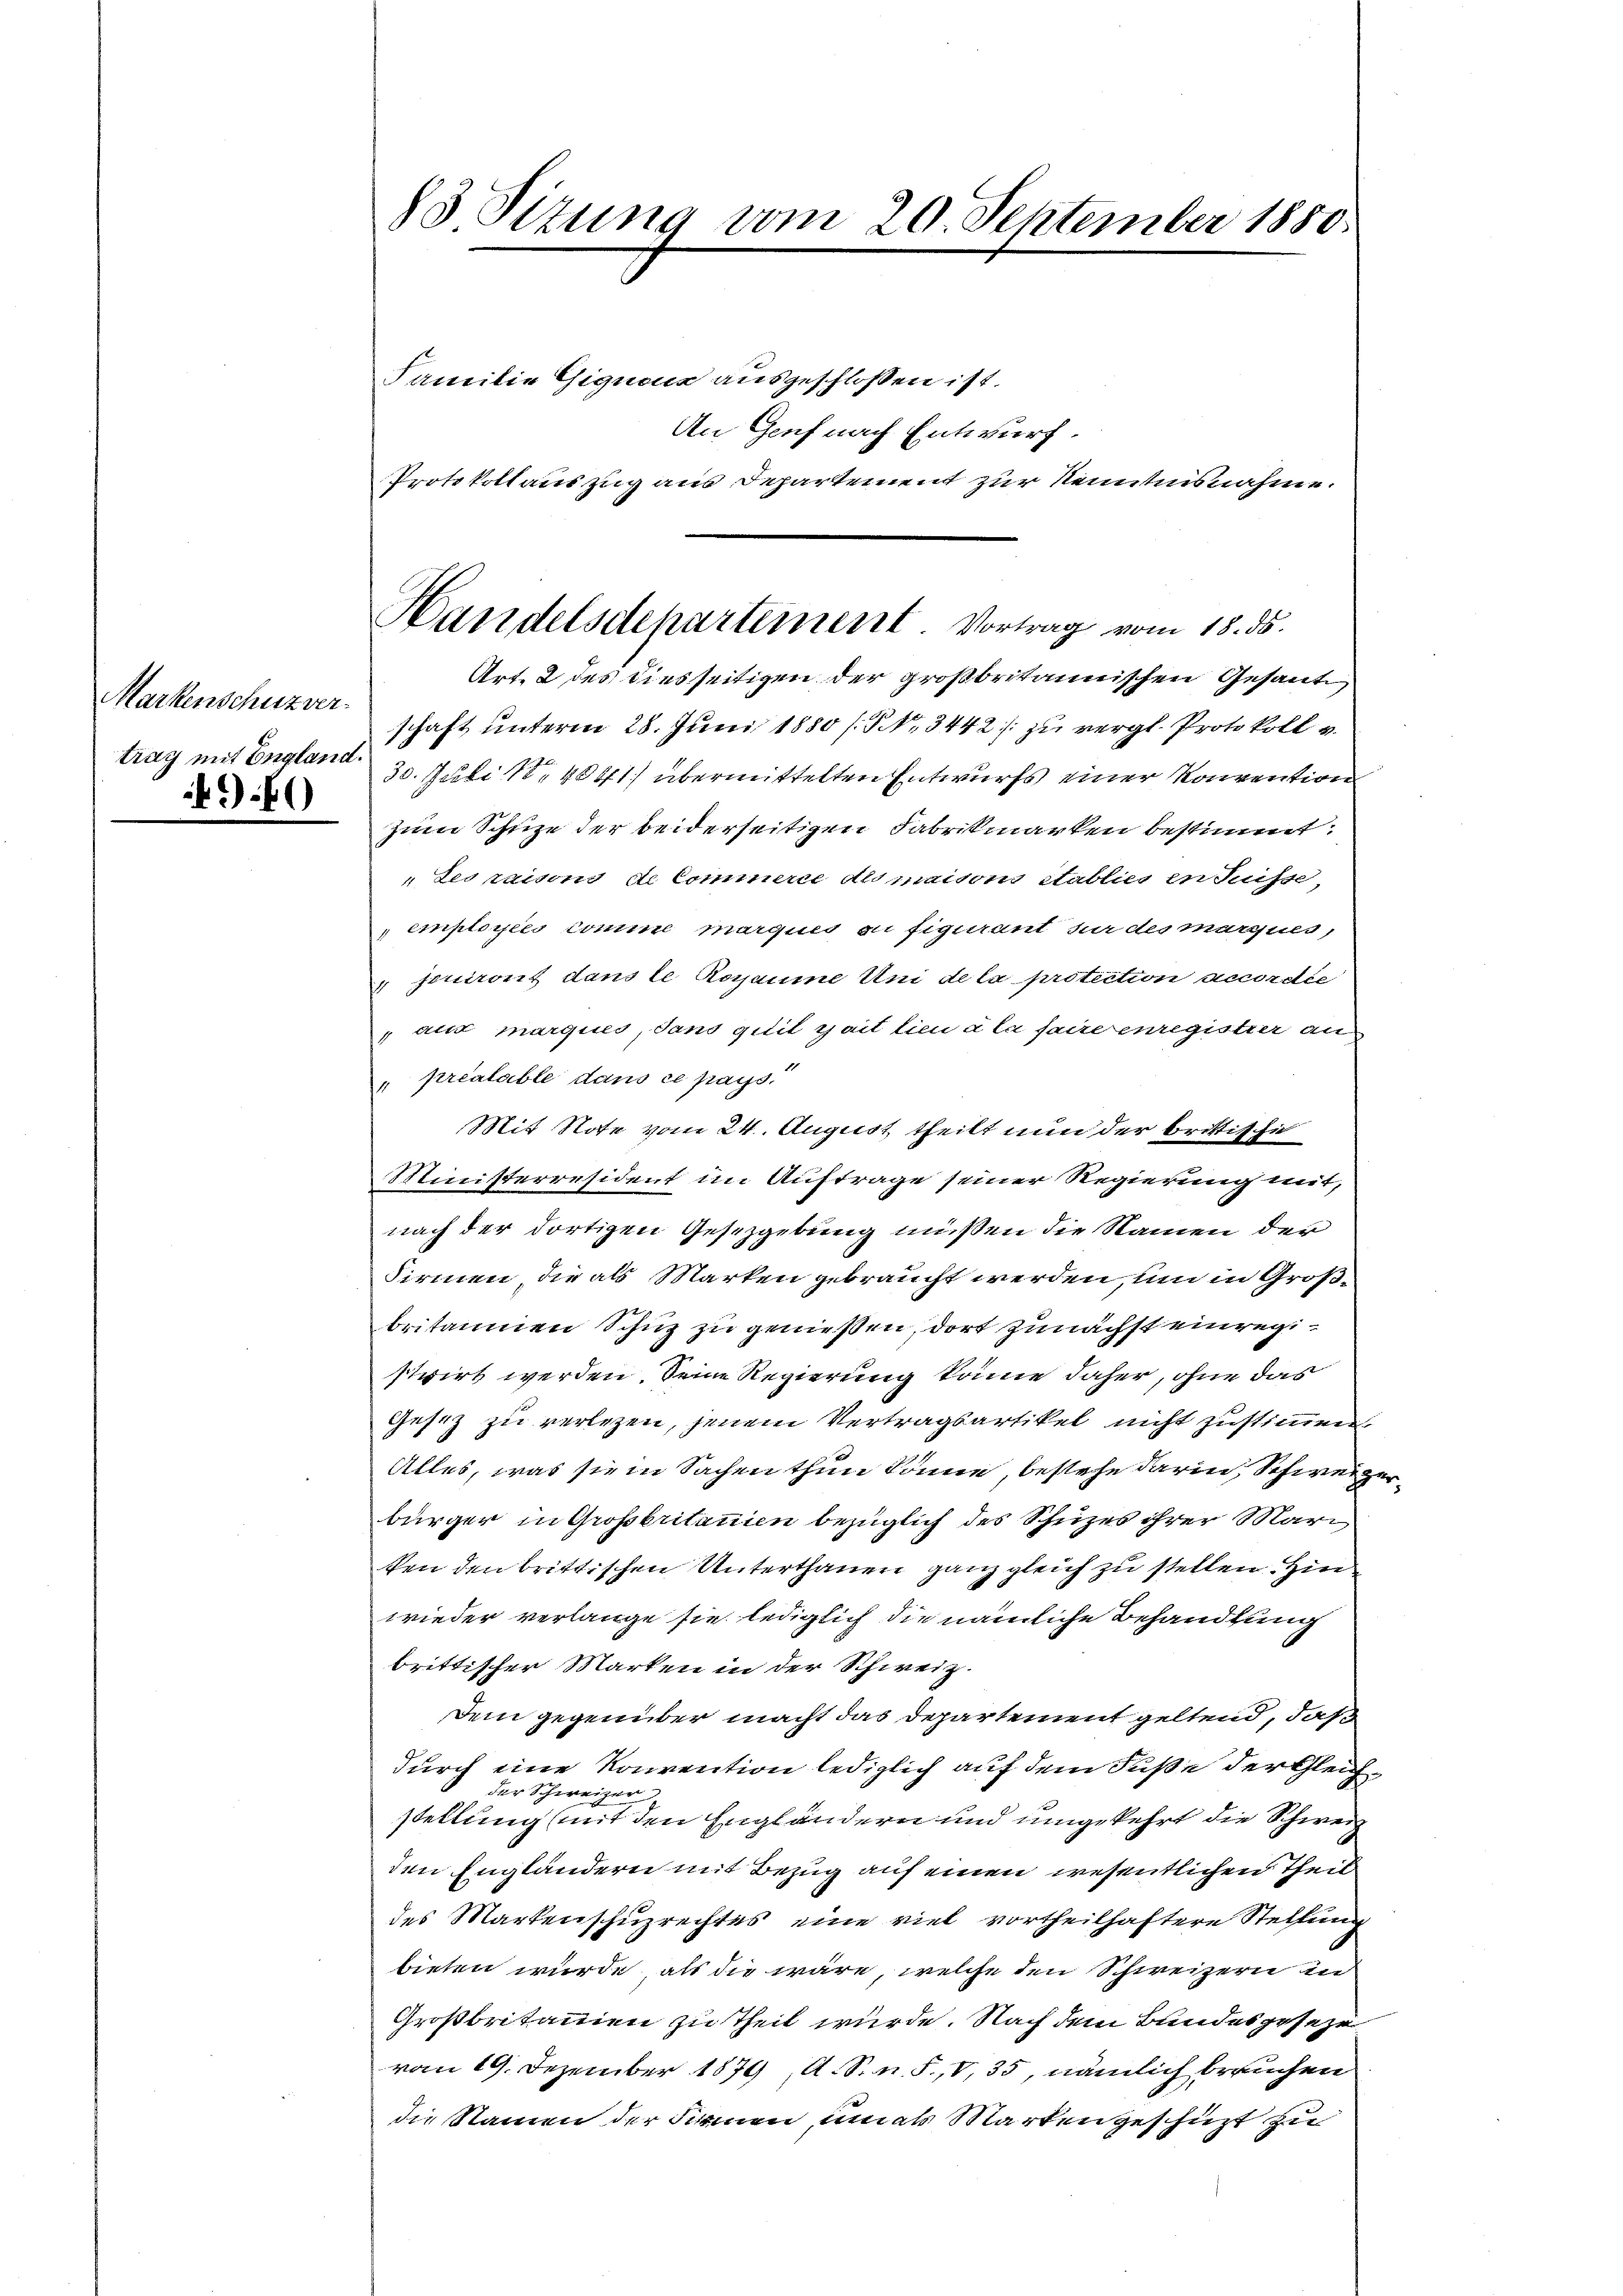
Markenschuzver
trag mit England.
)6)

83 Sizung vom 20 September 1850.

Familie Gignous ausgeschlossen ist.
An Genf nach Entwurf.
Art. 2 des diesseitigen der großbritannischen Gesand
schaft unterm 28. Juni 1880 / NNo. 3442/: zu vergl. Protokoll v.
30. Juli 184841 übermittelten Entwurfs einer Konvention
zum Schuze der beiderseitigen Fabrikmarken bestimmt:
„Les raison de Commerce des maisons Stablies in Suisse,
employées comme marques zu figurant für des marques
 jouiront dans le Rogaume Uni de la protection accordie
 aux marques, sans gitit zeit lieu à la faire enregister am
préalable dans ce pays
Mit Note vom 24. August theilt nun der brittische
Ministerresident im Auftrage seiner Regierung mit,
nach der dortigen Gesetzgebung müßen die Namen der
Firmen die als Marken gebraucht werden, um in Großbritainen Schuz zu genießen, dort zunächst einregistwirt werden. Seine Regierung könne daher, ohne das
Gesez zu verlegen, jenem Vertragsartikel nicht zustimmen
Alles, was sie in Sachen thun könne, bestehe darin, Schweiz
bürger in Grossbritanien bezüglich des Schuzes ihrer Mari
ken den brittischen Unterthanen ganz gleich zu stellen. Hinwieder verlange sie lediglich die nämliche Behandlung
brittischer Marken in der Schweiz.
Dem gegenüber macht das Departement geltend, daß
durch eine Konvention lediglich auf dem Fuße der Gleich
der Schweizer
stellung (mit den Engländern und umgekehrt die Schweiz
den Engländern mit Bezug auf einen wesentlichen Theil
des Markenschuzrechtes eine viel vortheilhaftere Stellung
bieten würde, als die wäre, welche den Schweizern in
Großbritannien zu Theil wurde. Nach dem Bundesgeseze
vom 19. Dezember 1879 A. S. n. F. V, 35, nämlich brauchen
die Namen der Firmen in als Marken geschüzt zu

Protokollauszug aus Departement zur Kenntnisnahme.
Handelsdepartement Vortrag vom 18. ds.